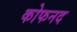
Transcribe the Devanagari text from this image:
कोफनद